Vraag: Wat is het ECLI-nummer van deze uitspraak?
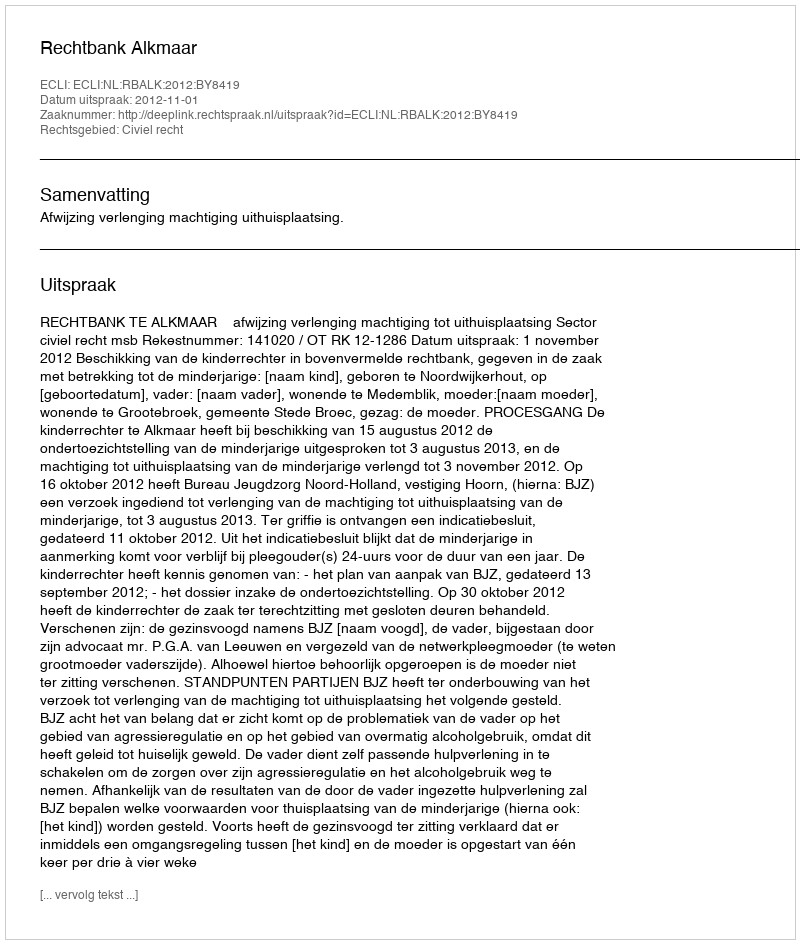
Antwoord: ECLI:NL:RBALK:2012:BY8419